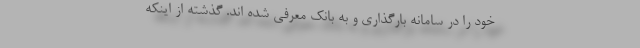
خود را در سامانه بارگذاری و به بانک معرفی شده اند. گذشته از اینکه